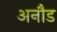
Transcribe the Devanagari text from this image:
अनौड